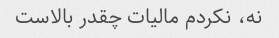
نه، نکردم مالیات چقدر بالاست